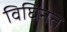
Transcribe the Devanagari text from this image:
विघिनत